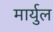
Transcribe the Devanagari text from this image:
मार्युल